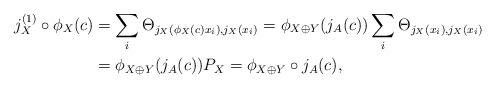
LaTeX: \begin{align*} j_X^{(1)} \circ \phi_X(c) &= \sum_i \Theta_{j_X(\phi_X(c)x_i),j_X(x_i)} = \phi_{X \oplus Y}(j_A(c)) \sum_i \Theta_{j_X(x_i),j_X(x_i)} \\ &= \phi_{X \oplus Y}(j_A(c)) P_X = \phi_{X \oplus Y} \circ j_A(c),\end{align*}